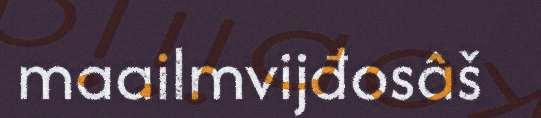
maailmvijđosâš